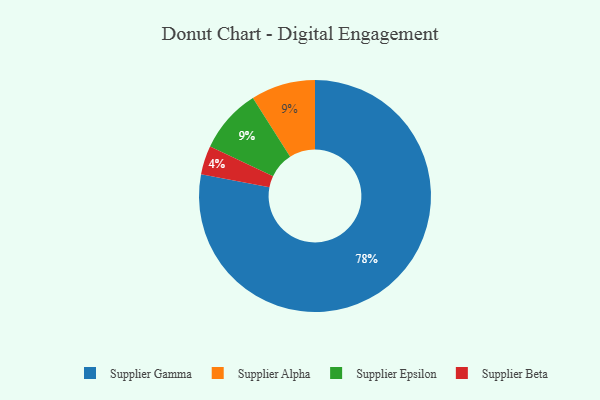
{"axis": {"x": "Category", "y": "Percentage"}, "legend": ["Supplier Alpha", "Supplier Beta", "Supplier Epsilon", "Supplier Gamma"], "data": [{"x": "Supplier Alpha", "y": 9, "type": "Supplier Alpha"}, {"x": "Supplier Epsilon", "y": 9, "type": "Supplier Epsilon"}, {"x": "Supplier Beta", "y": 4, "type": "Supplier Beta"}, {"x": "Supplier Gamma", "y": 78, "type": "Supplier Gamma"}]}